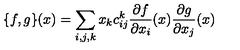
\{ f , g \} ( x ) = \sum _ { i , j , k } x _ { k } c _ { i j } ^ { k } \frac { \partial f } { \partial x _ { i } } ( x ) \frac { \partial g } { \partial x _ { j } } ( x )